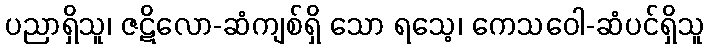
ပညာရှိသူ၊ ဇဋိလော-ဆံကျစ်ရှိ သော ရသေ့၊ ကေသဝေါ-ဆံပင်ရှိသူ